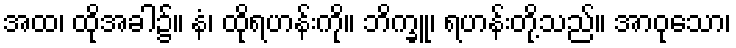
အထ၊ ထိုအခါ၌။ နံ၊ ထိုရဟန်းကို။ ဘိက္ခူ၊ ရဟန်းတို့သည်။ အာဝုသော၊